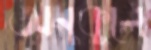
অনুকূলে